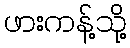
ဖားကန့်သို့